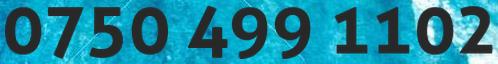
0750 499 1102